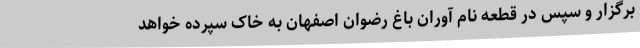
برگزار و سپس در قطعه نام آوران باغ رضوان اصفهان به خاک سپرده خواهد